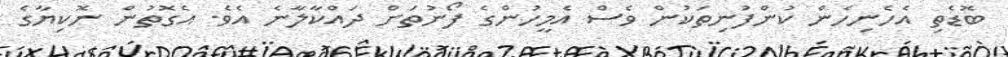
ބޮޑެތި އެހެނިހެން ކުންފުނިތަކުން ވެސް އެމީހުންގެ ފޯނުތަށް ދައްކާލާނެ އެވެ. އެގޮތުން ނޮކިޔާގެ